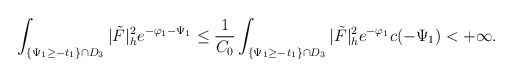
\begin{align*}\int_{\{\Psi_1\ge-t_1\}\cap D_3}|\tilde{F}|^2_he^{-\varphi_1-\Psi_1}\le\frac{1}{C_0}\int_{\{\Psi_1\ge-t_1\}\cap D_3}|\tilde{F}|^2_he^{-\varphi_1}c(-\Psi_1)<+\infty.\end{align*}